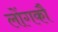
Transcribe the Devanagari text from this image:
लोंगकौ